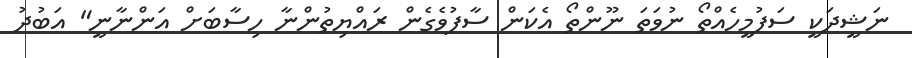
ނަޝީދަކީ ސަފުމީހެއްތޯ ނުވަތަ ނޫންތޯ އެކަން ސާފުވެގެން ރައްޔިތުންނާ ހިސާބަށް އަންނާނީ" އަބުދު